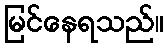
မြင်နေရသည်။